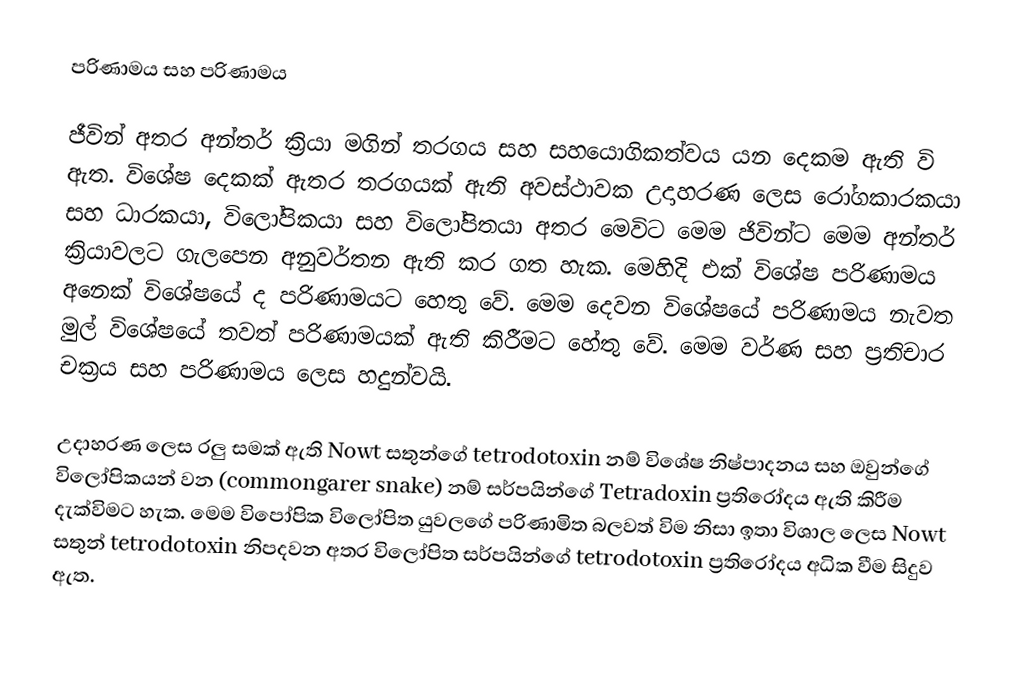
පරිණාමය සහ පරිණාමය

ජීවින් අතර අන්තර් ක්‍රියා මගින් තරගය සහ සහයොගිකත්වය යන දෙකම ඇති වි ඇත. විශේෂ දෙකක් ඇතර තරගයක් ඇති අවස්ථාවක උදාහරණ ලෙස රෝගකාරකයා සහ ධාරකයා, විලෝපිකයා සහ විලෝපිතයා අතර මෙවිට මෙම ජිවින්ට මෙම අන්තර් ක්‍රියාවලට ගැලපෙන අනුවර්තන ඇති කර ගත හැක. මෙහිදි එක් විශේෂ පරිණාමය අනෙක් විශේෂයේ ද පරිණාමයට හෙතු වේ. මෙම දෙවන විශේෂයේ පරිණාමය නැවත මුල් විශේෂයේ තවත් පරිණාමයක් ඇති කිරීමට හේතු වේ. මෙම වර්ණ සහ ප්‍රතිචාර චක්‍රය සහ පරිණාමය ලෙස හදුන්වයි.

	උදාහරණ ලෙස රලු සමක් ඇති Nowt සතුන්ගේ tetrodotoxin නම් විශේෂ නිෂ්පාදනය සහ ඔවුන්ගේ විලෝපිකයන් වන (commongarer snake) නම් සර්පයින්ගේ Tetradoxin ප්‍රතිරෝදය ඇති කිරීම දැක්විමට හැක. මෙම විපෝපික විලෝපිත යුවලගේ පරිණාමිත බලවත් විම නිසා ඉතා විශාල ලෙස Nowt සතුන් tetrodotoxin නිපදවන අතර විලෝපිත සර්පයින්ගේ tetrodotoxin ප්‍රතිරෝදය අධික වීම සිදුව ඇත.